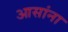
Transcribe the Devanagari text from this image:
आसांना